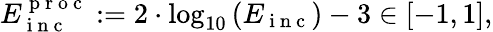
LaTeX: \begin{array}{r}{E_{\mathrm{~i~n~c~}}^{\mathrm{~p~r~o~c~}}:=2\cdot\log_{10}\left(E_{\mathrm{~i~n~c~}}\right)-3\in[-1,1],}\end{array}